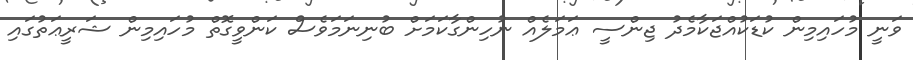
ވަނީ މުހައިމިން ކުޑަކުއްޖަކާމެދު ޖިންސީ ޢަމަލެއް ނުހިންގާކަމަށް ބުނިނަމަވެސް ކަންވީގޮތް މުހައިމިން ޝަރީޢަތުގައި